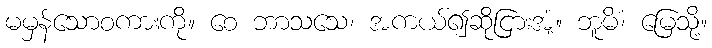
မမှန်သောစကားကို။ စေ ဘာသသေ၊ အကယ်၍ဆိုငြားအံ့။ ဘူမိံ၊ မြေသို့။